Scottish Leaving Certificate Examination, 1953
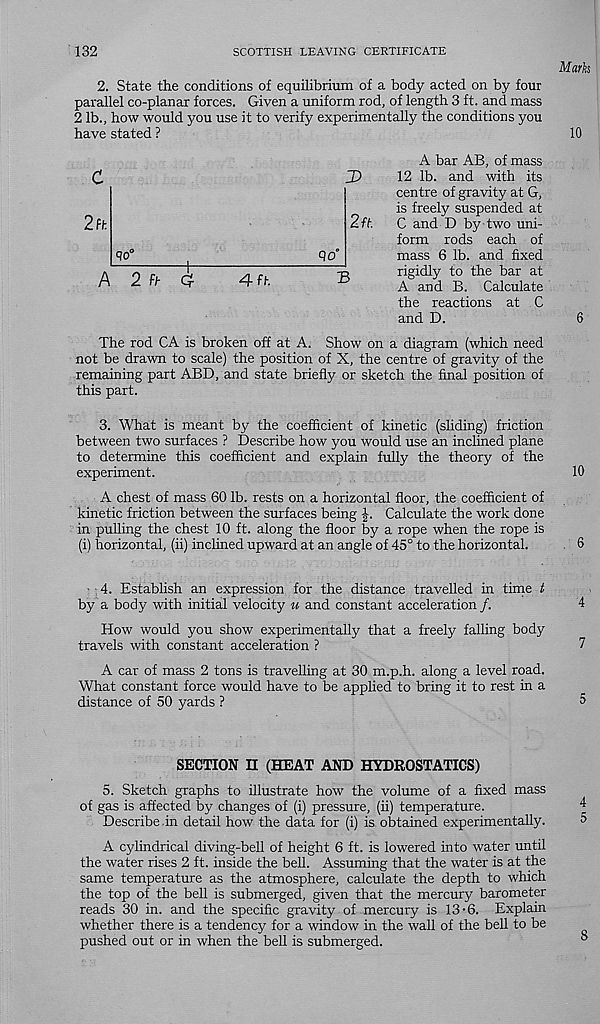
132
SCOTTISH LEAVING CERTIFICATE
Mark
2. State the conditions of equilibrium of a body acted on by four
parallel co-planar forces. Given a uniform rod, of length 3 ft. and mass
2 lb., how would you use it to verify experimentally the conditions you
have stated ?
10
A bar AB, of mass
12 lb. and with its
centre of gravity at G,
is freely suspended at
C and D by two uni-
form rods each of
mass 6 lb. and fixed
rigidly to the bar at
A and B. Calculate
the reactions at C
and D.
6
The rod CA is broken off at A. Show on a diagram (which need
not be drawn to scale) the position of X, the centre of gravity of the
remaining part ABD, and state briefly or sketch the final position of
this part.
3. What is meant by the coefficient of kinetic (sliding) friction
between two surfaces ? Describe how you would use an inclined plane
to determine this coefficient and explain fully the theory of the
experiment.
10
A chest of mass 60 lb. rests on a horizontal floor, the coefficient of
kinetic friction between the surfaces being
Calculate the work done
in pulling the chest 10 ft. along the floor by a rope when the rope is
(i) horizontal, (ii) inclined upward at an angle of 45° to the horizontal.
6
4. Establish an expression for the distance travelled in time t
by a body with initial velocity u and constant acceleration /.
4
How would you show experimentally that a freely falling body
travels with constant acceleration ?
7
A car of mass 2 tons is travelling at 30 m.p.h. along a level road.
What constant force would have to be applied to bring it to rest in a
distance of 50 yards ?
5
SECTION II (HEAT AND HYDROSTATICS)
5. Sketch graphs to illustrate how the volume of a fixed mass
of gas is affected by changes of (i) pressure, (ii) temperature.
Describe.in detail how the data for (i) is obtained experimentally.
A cylindrical diving-bell of height 6 ft. is lowered into water until
the water rises 2 ft. inside the bell. Assuming that the water is at the
same temperature as the atmosphere, calculate the depth to which
the top of the bell is submerged, given that the mercury barometer
reads 30 in. and the specific gravity of mercury is 13-6. Explain
whether there is a tendency for a window in the wall of the bell to be
pushed out or in when the bell is submerged.
2 ft
J)
2n.
90°
qo°
A 2 ft c?
4 ft.
B